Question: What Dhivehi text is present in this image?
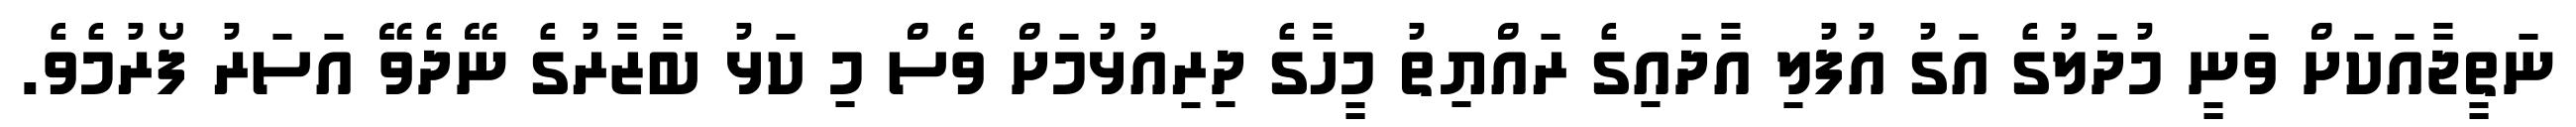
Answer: ނަތީޖާއަކަށް ވަނީ މުދަލުގެ އަގު އުފުލި އާދައިގެ ރައްޔިތު މީހާގެ ދިރިއުޅުމަށް ވެސް މި ކަޅު ބާޒާރުގެ ނޭދެވޭ އަސަރު ފޯރުމެވެ.